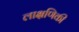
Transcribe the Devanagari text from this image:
लाक्षणिकी